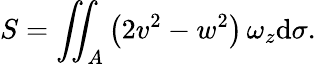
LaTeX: S=\iint_{A}\left(2v^{2}-w^{2}\right)\, \omega_{z}\mathrm{d}\sigma.